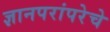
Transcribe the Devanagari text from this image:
ज्ञानपरांपरेचे